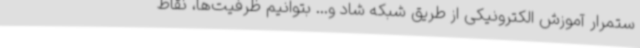
ستمرار آموزش الکترونیکی از طریق شبکه شاد و... بتوانیم ظرفیت‌ها، نقاط